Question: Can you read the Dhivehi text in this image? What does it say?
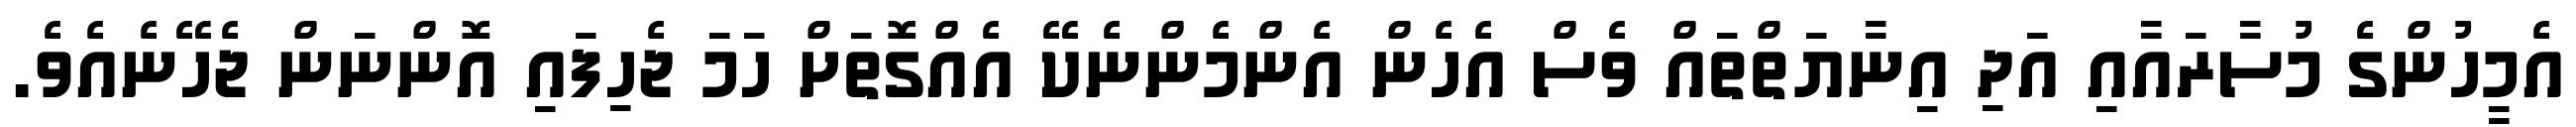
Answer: އެމީހުންގެ މުސާރައާއި އަދި އިނާޔަތްތައް ވެސް އެހެން އެންމެންނެކޭ އެއްގޮތަށް ހަމަ ޖެހިފައި އޮންނަން ޖެހޭނެއެވެ.